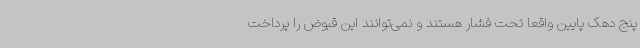
پنج دهک پایین واقعاً تحت فشار هستند و نمی‌توانند این قبوض را پرداخت